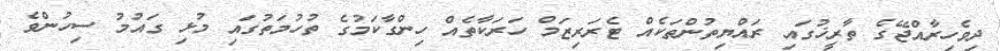
ދިވެހިރާއްޖޭގެ ތާރީޚުގައި ރައްޔިތުންތަކެއް ޓެރަރިޒަމް ހަރަކާތެއް ހިންގާކަމުގެ ތުހުމަތުގައި މުޅި ގައުމު ސިހުންވެ